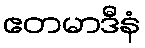
ဧတမာဒီနံ